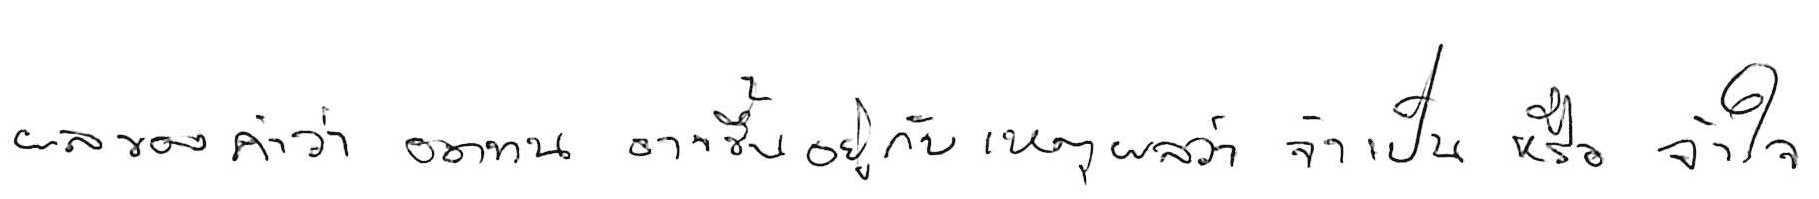
ผลของคำว่า อดทน อาจขึ้นอยู่บนเหตุผลว่า จำเป็น หรือ จำใจ